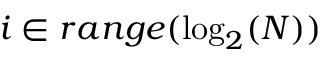
i \in r a n g e ( \log _ { 2 } ( N ) )